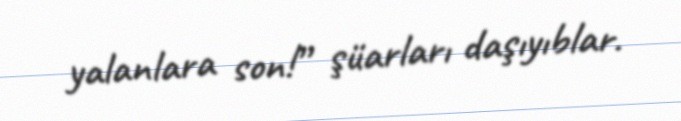
yalanlara son!” şüarları daşıyıblar.